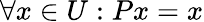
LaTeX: \forall x\in U:Px=x